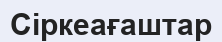
Сіркеағаштар